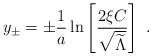
\begin{align*}y_\pm=\pm{1\over a}\ln\left[{2\xi C\over\sqrt{\widetilde\Lambda}}\right]~.\end{align*}